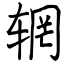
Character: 辋